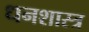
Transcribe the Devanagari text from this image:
धनशास्त्र